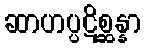
ဆာဟပ္ပဋိစ္ဆန္နာ